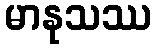
မာနုသဿ